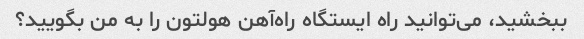
ببخشید، می‌توانید راه ایستگاه راه‌آهن هولتون را به من بگویید؟